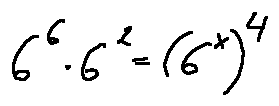
6 ^ { 6 } \cdot 6 ^ { 2 } = ( 6 ^ { x } ) ^ { 4 }